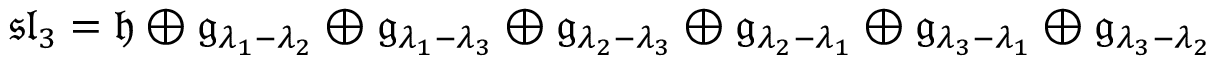
{ \mathfrak { s l } } _ { 3 } = { \mathfrak { h } } \oplus { \mathfrak { g } } _ { \lambda _ { 1 } - \lambda _ { 2 } } \oplus { \mathfrak { g } } _ { \lambda _ { 1 } - \lambda _ { 3 } } \oplus { \mathfrak { g } } _ { \lambda _ { 2 } - \lambda _ { 3 } } \oplus { \mathfrak { g } } _ { \lambda _ { 2 } - \lambda _ { 1 } } \oplus { \mathfrak { g } } _ { \lambda _ { 3 } - \lambda _ { 1 } } \oplus { \mathfrak { g } } _ { \lambda _ { 3 } - \lambda _ { 2 } }